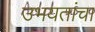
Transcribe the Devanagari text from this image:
उभयतांचा